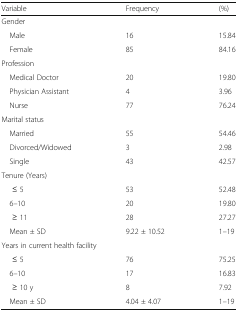
<table><thead><tr><td><b>Variable</b></td><td><b>Frequency</b></td><td><b>(%)</b></td></tr></thead><tbody><tr><td colspan="3">Gender</td></tr><tr><td> Male</td><td>16</td><td>15.84</td></tr><tr><td> Female</td><td>85</td><td>84.16</td></tr><tr><td colspan="3">Profession</td></tr><tr><td> Medical Doctor</td><td>20</td><td>19.80</td></tr><tr><td> Physician Assistant</td><td>4</td><td>3.96</td></tr><tr><td> Nurse</td><td>77</td><td>76.24</td></tr><tr><td colspan="3">Marital status</td></tr><tr><td> Married</td><td>55</td><td>54.46</td></tr><tr><td> Divorced/Widowed</td><td>3</td><td>2.98</td></tr><tr><td> Single</td><td>43</td><td>42.57</td></tr><tr><td colspan="3">Tenure (Years)</td></tr><tr><td>≤ 5</td><td>53</td><td>52.48</td></tr><tr><td> 6–10</td><td>20</td><td>19.80</td></tr><tr><td>≥ 11</td><td>28</td><td>27.27</td></tr><tr><td> Mean ± SD</td><td>9.22 ± 10.52</td><td>1–19</td></tr><tr><td colspan="3">Years in current health facility</td></tr><tr><td>≤ 5</td><td>76</td><td>75.25</td></tr><tr><td> 6–10</td><td>17</td><td>16.83</td></tr><tr><td>≥ 10 y</td><td>8</td><td>7.92</td></tr><tr><td> Mean ± SD</td><td>4.04 ± 4.07</td><td>1–19</td></tr></tbody></table>